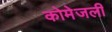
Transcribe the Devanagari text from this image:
कोमेजली